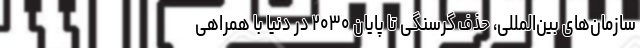
سازمان‌های بین‌المللی، حذف گرسنگی تا پایان ۲۰۳۰ در دنیا با همراهی